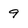
Character: 9